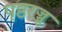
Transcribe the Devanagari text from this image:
पृष्ठरज्जु